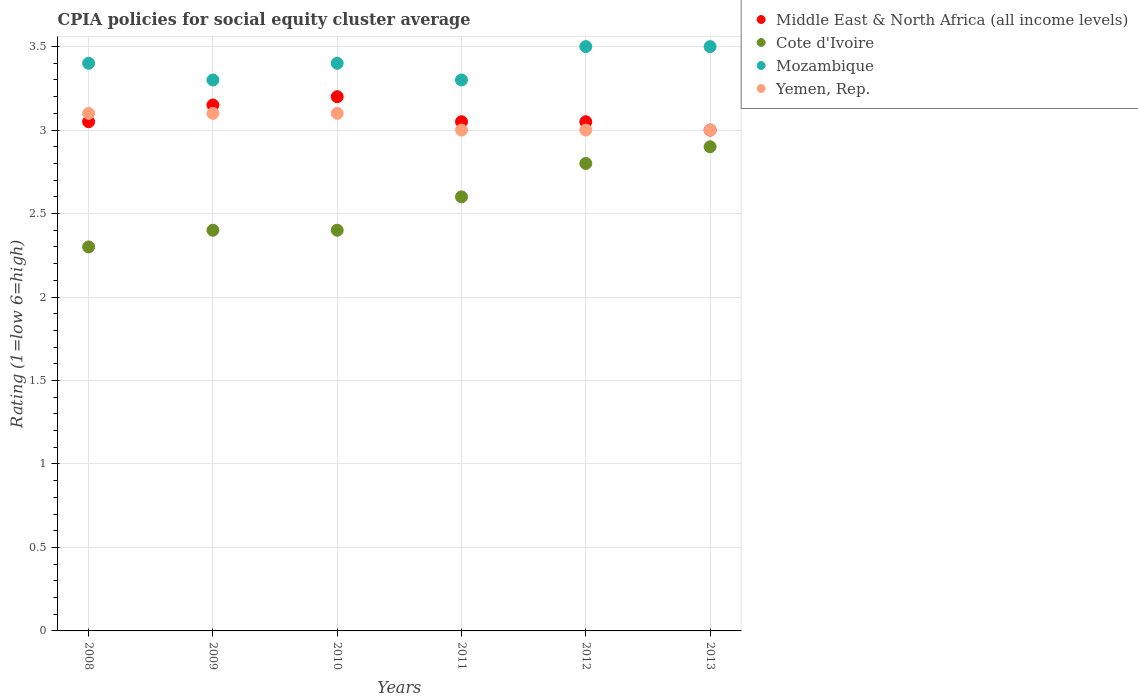
| Years | Middle East & North Africa (all income levels) | Cote d'Ivoire | Mozambique | Yemen, Rep. |
 | --- | --- | --- | --- | --- |
 | 2008 | 3.05 | 2.3 | 3.4 | 3.1 |
 | 2009 | 3.15 | 2.4 | 3.3 | 3.1 |
 | 2010 | 3.2 | 2.4 | 3.4 | 3.1 |
 | 2011 | 3.05 | 2.6 | 3.3 | 3 |
 | 2012 | 3.05 | 2.8 | 3.5 | 3 |
 | 2013 | 3 | 2.9 | 3.5 | 3 |